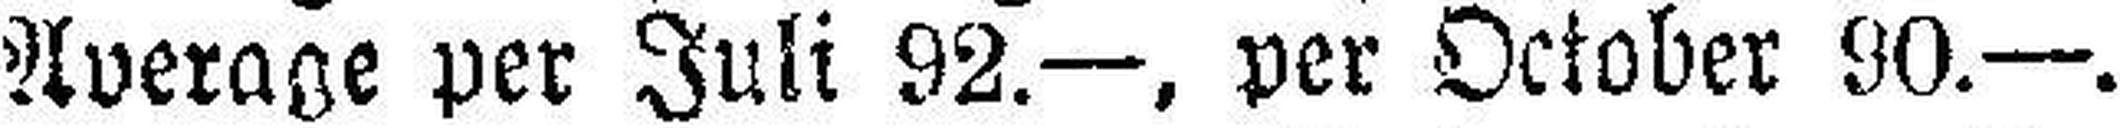
Average per Juli 92.—, per October 90.—.